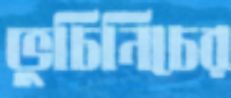
ভুচিনিচের